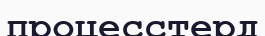
процесстерд